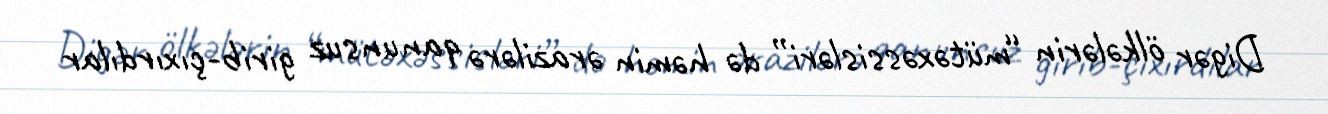
Digər ölkələrin “mütəxəssisləri” də həmin ərazilərə qanunsuz girib-çıxırdılar